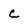
Character: c